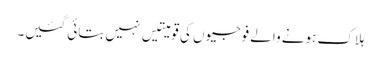
ہلاک ہونے والے فوجیوں کی قومیتیں نہیں بتائی گئیں۔